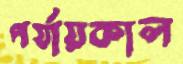
পর্যায়কাল